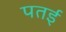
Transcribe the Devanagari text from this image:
पतई